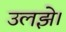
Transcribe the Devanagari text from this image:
उलझे।